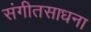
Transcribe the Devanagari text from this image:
संगीतसाधना